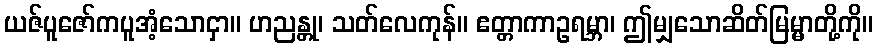
ယဇ်ပူဇော်ကပူအံ့သောငှာ။ ဟညန္တု၊ သတ်လေကုန်။ ဧတ္တာကာဥရမ္ဘာ၊ ဤမျှသောဆိတ်မြမ္မာတို့ကို။